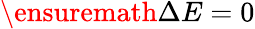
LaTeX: \ensuremath{\Delta E}=0